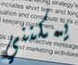
يمكنني